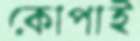
কোপাই